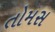
તોમસ